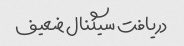
دریافت سیگنال ضعیف